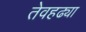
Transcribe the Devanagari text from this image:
तेवहढ्या